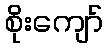
စိုးကျော်